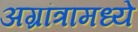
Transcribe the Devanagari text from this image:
अग्रांत्रामध्ये